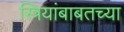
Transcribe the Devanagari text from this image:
स्त्रियांबाबतच्या